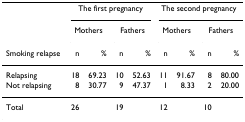
<table><thead><tr><td></td><td colspan="4"><b>The first pregnancy</b></td><td colspan="4"><b>The second pregnancy</b></td></tr><tr><td></td><td colspan="2"><b>Mothers</b></td><td colspan="2"><b>Fathers</b></td><td colspan="2"><b>Mothers</b></td><td colspan="2"><b>Fathers</b></td></tr><tr><td><b>Smoking relapse</b></td><td><b>n</b></td><td><b>%</b></td><td><b>n</b></td><td><b>%</b></td><td><b>n</b></td><td><b>%</b></td><td><b>n</b></td><td><b>%</b></td></tr></thead><tbody><tr><td>Relapsing</td><td>18</td><td>69.23</td><td>10</td><td>52.63</td><td>11</td><td>91.67</td><td>8</td><td>80.00</td></tr><tr><td>Not relapsing</td><td>8</td><td>30.77</td><td>9</td><td>47.37</td><td>1</td><td>8.33</td><td>2</td><td>20.00</td></tr><tr><td>Total</td><td>26</td><td></td><td>19</td><td></td><td>12</td><td></td><td>10</td><td></td></tr></tbody></table>